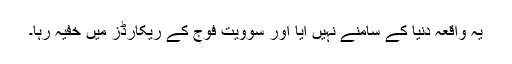
یہ واقعہ دنیا کے سامنے نہیں آیا اور سوویت فوج کے ریکارڈز میں خفیہ رہا۔